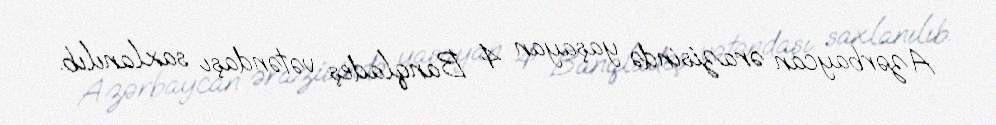
Azərbaycan ərazisində yaşayan 4 Banqladeş vətəndaşı saxlanılıb.